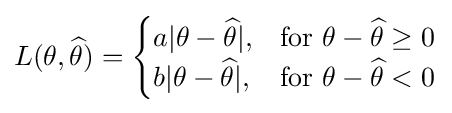
L(\theta ,{\widehat {\theta }})={\begin{cases}a|\theta -{\widehat {\theta }}|,&{\mbox{for }}\theta -{\widehat {\theta }}\geq 0\\b|\theta -{\widehat {\theta }}|,&{\mbox{for }}\theta -{\widehat {\theta }}<0\end{cases}}